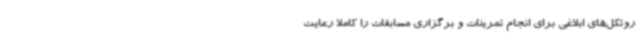
روتکل‌های ابلاغی برای انجام تمرینات و برگزاری مسابقات را کاملا رعایت